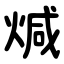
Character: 煘